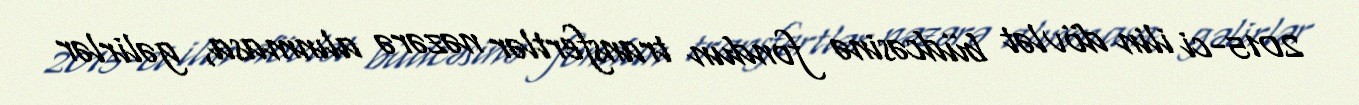
2015-ci ilin dövlət büdcəsinə fondun transfertlər nəzərə alınmasa, gəlirlər